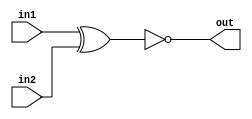
// 20_module.v

module mod_a ( input in1, input in2, output out );
    // Module body
    assign out = ~(in1^in2);
endmodule

module top_module (
	input a,
	input b,
	output out
);
	// Create an instance of "mod_a" named "inst1", and connect ports by name:
	mod_a inst1 ( 
		.in1(a), 	// Port"in1"connects to wire "a"
		.in2(b),	// Port "in2" connects to wire "b"
		.out(out)	// Port "out" connects to wire "out" 
				// (Note: mod_a's port "out" is not related to top_module's wire "out". 
				// It is simply coincidence that they have the same name)
	);

	// Create an instance of "mod_a" named "inst2", and connect ports by position:
	mod_a inst2 ( a, b, out );	// The three wires are connected to ports in1, in2, and out, respectively.
endmodule